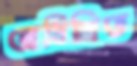
অধিশ্রিত